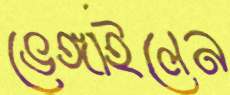
ভেঙ্গাইলেন